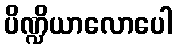
ပိဏ္ဍိယာလောပေါ